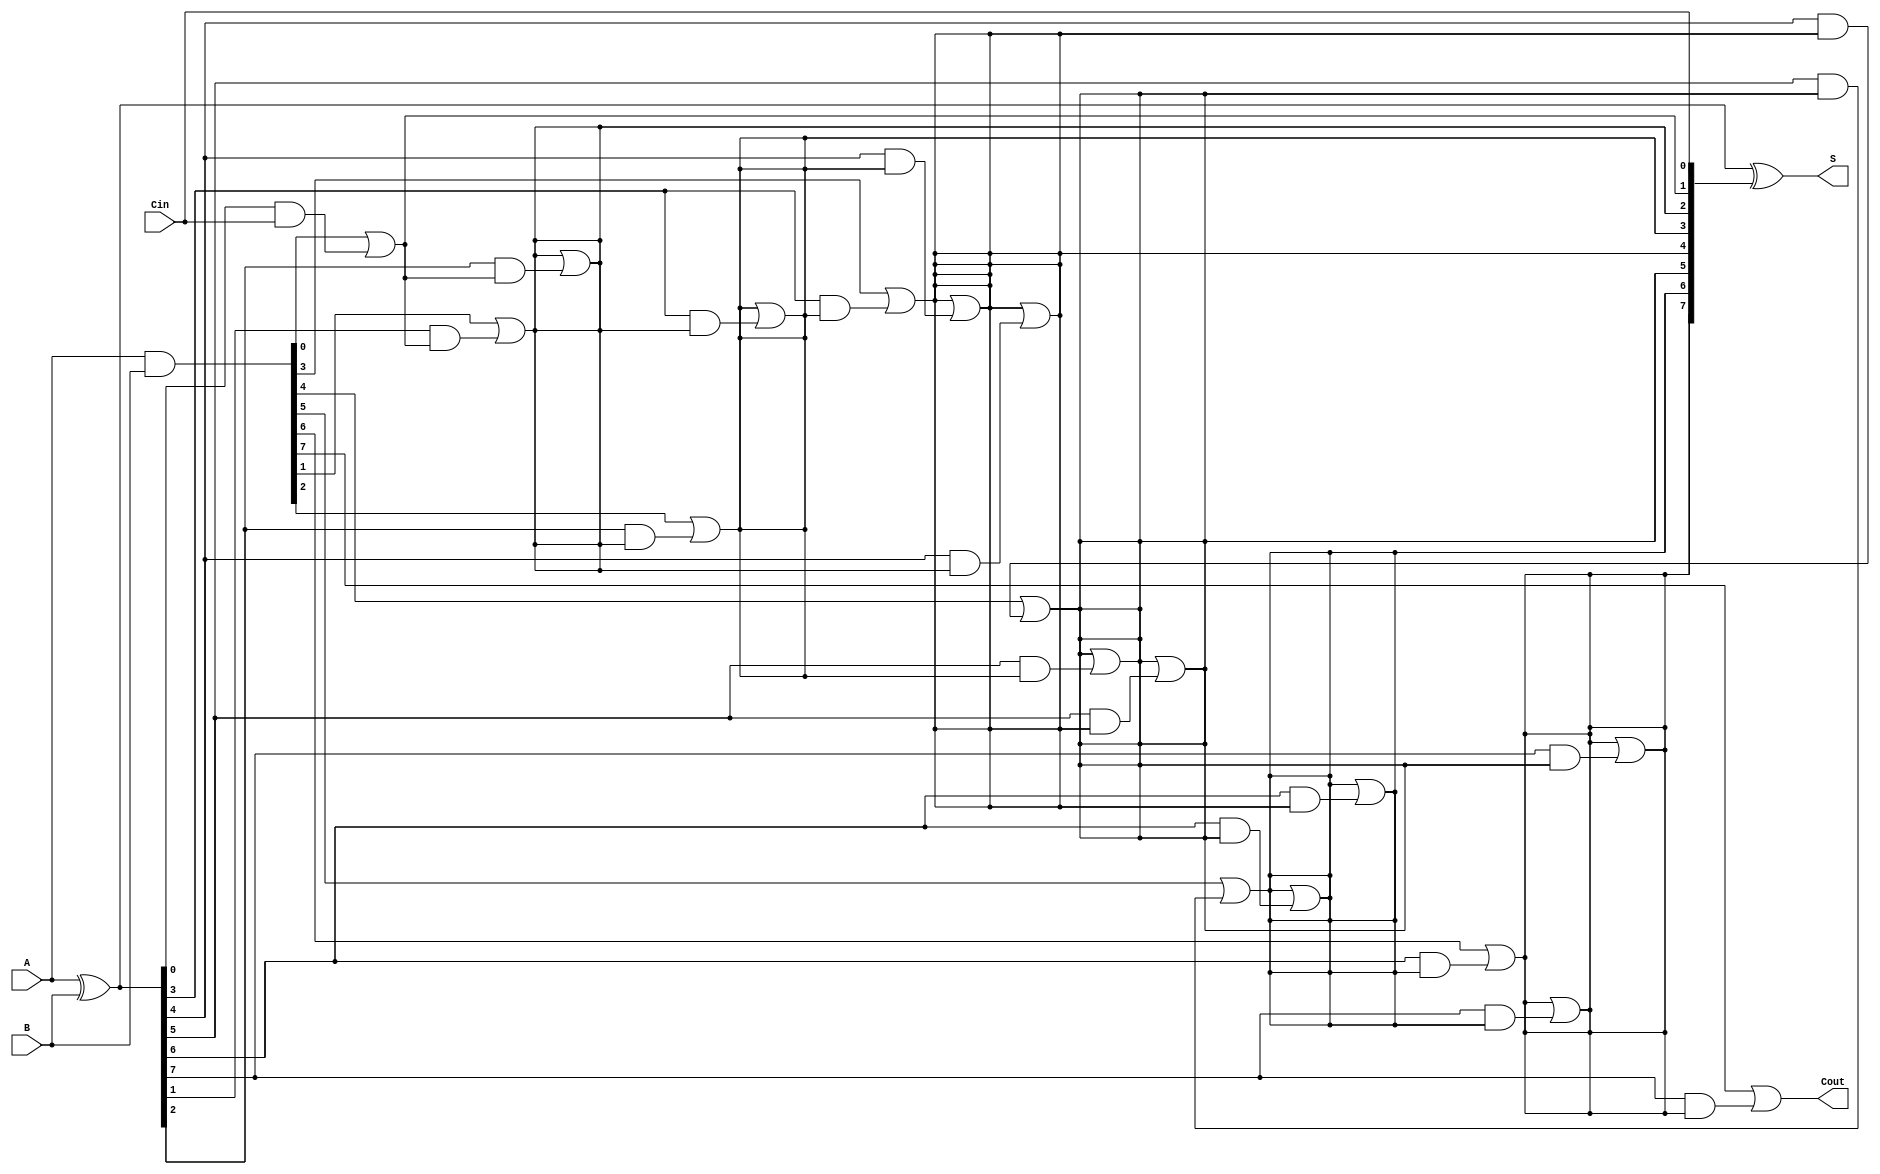
module KoggeStoneAdder #(parameter N = 8) (
    input  [N-1:0] A,      // First n-bit input
    input  [N-1:0] B,      // Second n-bit input
    input         Cin,      // Carry-in
    output [N-1:0] S,      // Sum output
    output        Cout      // Carry-out output
);

    // Generate and propagate signals
    wire [N-1:0] G; // Generate
    wire [N-1:0] P; // Propagate
    wire [N:0] C;   // Carry signals (C[0] = Cin)

    // Generate and propagate calculations
    assign G = A & B;          // G[i] = A[i] & B[i]
    assign P = A ^ B;          // P[i] = A[i] ^ B[i]
    
    // Carry initialization
    assign C[0] = Cin;         // C[0] = Cin

    // Kogge-Stone carry generation
    genvar i, j;
    generate
        // Stage 1
        for (i = 0; i < N; i = i + 1) begin : stage1
            if (i == 0) begin
                assign C[i + 1] = G[i] | (P[i] & C[i]); // C[1] = G[0] | (P[0] & C[0])
            end else begin
                assign C[i + 1] = G[i] | (P[i] & C[i]); // C[i + 1] = G[i] | (P[i] & C[i])
            end
        end

        // Additional stages
        for (j = 1; j < $clog2(N); j = j + 1) begin : stages
            for (i = 0; i < N; i = i + 1) begin : stage
                if (i >= (1 << j)) begin
                    assign C[i] = C[i] | (P[i] & C[i - (1 << (j - 1))]);
                end
            end
        end
    endgenerate

    // Sum calculation
    assign S = P ^ C[N-1:0]; // S[i] = P[i] ^ C[i]

    // Carry-out
    assign Cout = C[N]; // Cout = C[n]

endmodule